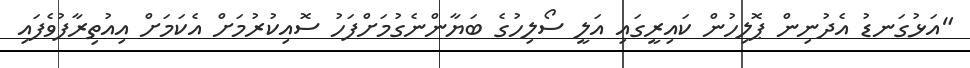
"އަޅުގަނޑު އެދުނިން ޕޮލިހުން ކައިރީގައި އަލީ ސޯލިހުގެ ބަޔާންނެގުމަށްފަހު ސޮއިކުރުމަށް އެކަމަށް އިއުތިރާފުވެފައި